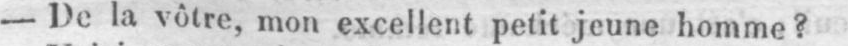
- De la vôtre, mon excellent petit jeune homme?